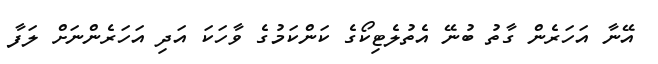
އޭނާ އަހަރެން ގާތު ބުނޭ އެތުލެޓިކޯގެ ކަންކަމުގެ ވާހަކަ އަދި އަހަރެންނަށް ލަފާ